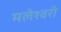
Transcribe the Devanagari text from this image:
मलेश्वरी